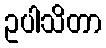
ဥပါသိတာ